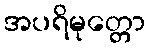
အပရိမုတ္တော